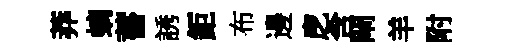
莽螭蓄誘鉅布邊戹含閘羊附